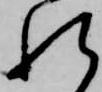
れ